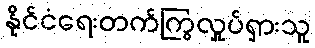
နိုင်ငံရေးတက်ကြွလှုပ်ရှားသူ